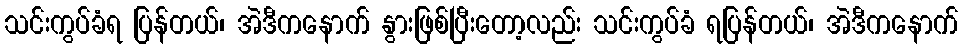
သင်းကွပ်ခံရ ပြန်တယ်၊ အဲဒီကနောက် နွားဖြစ်ပြီးတော့လည်း သင်းကွပ်ခံ ရပြန်တယ်၊ အဲဒီကနောက်